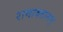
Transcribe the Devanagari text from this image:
रामावतानम्‌